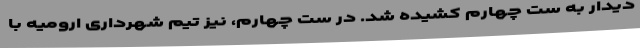
دیدار به ست چهارم کشیده شد. در ست چهارم، نیز تیم شهرداری ارومیه با